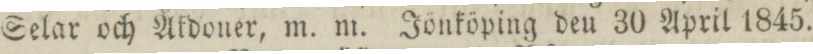
Selar och Åkdoner, m. m. Jönköping den 30 April 1845.